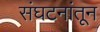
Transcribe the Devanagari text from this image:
संघटनांतून